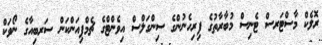
ރޮލެކް މާސްޓަރސް ޓެނިސް މުބާރާތުގެ ފިރިހެނުންގެ ސިންގަލްސް އިވެންޓްގެ ޗެމްޕިއަންކަން ސަރބިއާގެ ނޯވަކް